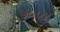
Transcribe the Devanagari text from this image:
३५५४